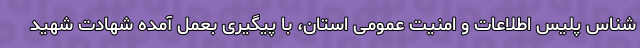
شناس پلیس اطلاعات و امنیت عمومی استان، با پیگیری بعمل آمده شهادت شهید